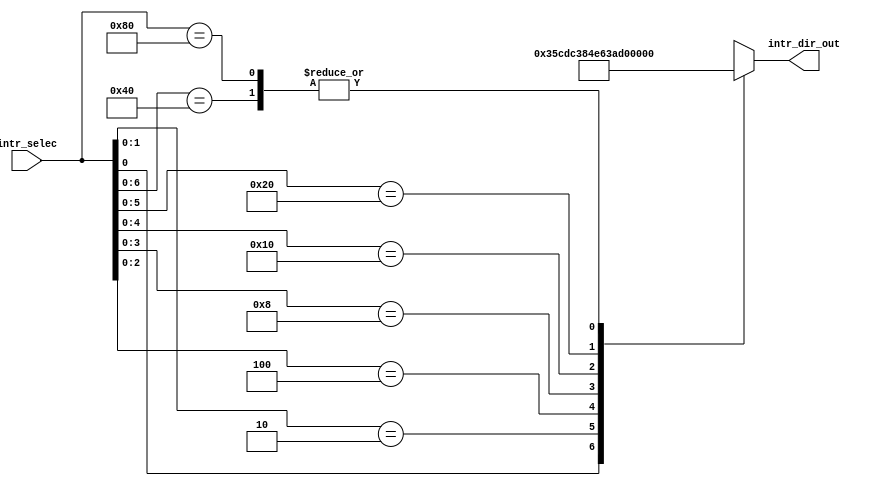
`timescale 1 ns / 10 ps

module reg_intr(input wire [7:0] intr_selec, 
                output reg [9:0] intr_dir_out);

always @(*)
  begin
    casex (intr_selec)                
      8'bxxxxxxx1: intr_dir_out = 10'b1101011100;
      8'bxxxxxx10: intr_dir_out = 10'b1101110000;
      8'bxxxxx100: intr_dir_out = 10'b1110000100;
      8'bxxxx1000: intr_dir_out = 10'b1110011000;
      8'bxxx10000: intr_dir_out = 10'b1110101100;
      8'bxx100000: intr_dir_out = 10'b1111000000;
      8'bx1000000: intr_dir_out = 10'b1111010100;
      8'b10000000: intr_dir_out = 10'b1111010100;
      default: intr_dir_out = 10'bx;
    endcase
  end
endmodule